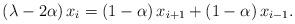
LaTeX: \begin{align*}\left( \lambda-2\alpha\right) x_{i}=\left( 1-\alpha\right) x_{i+1}+\left(1-\alpha\right) x_{i-1}. \end{align*}